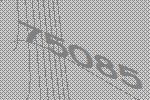
75085